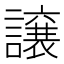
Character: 譲